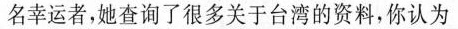
名幸运者，她查询了很多关于台湾的资料，你认为